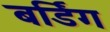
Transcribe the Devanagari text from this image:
बर्डिग